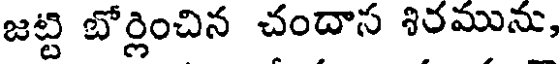
జట్టి బోర్లించిన చందాస శిరమును,